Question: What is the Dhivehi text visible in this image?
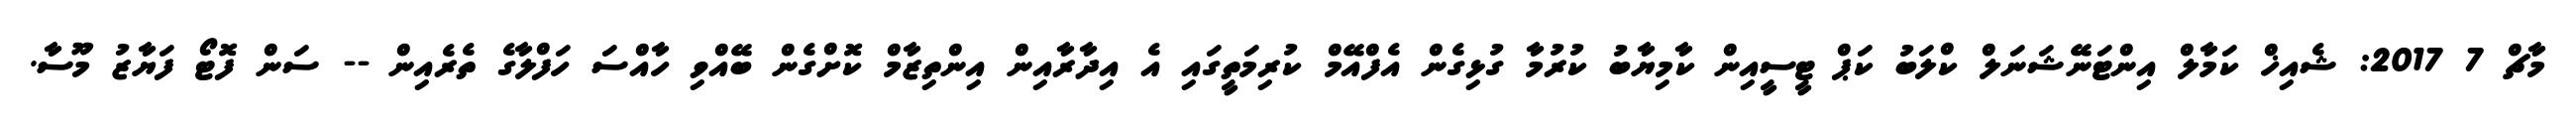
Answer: މާޗް 7 2017: ޝެއިޚް ކަމާލް އިންޓަނޭޝަނަލް ކްލަބު ކަޕް ޓީސީއިން ކާމިޔާބު ކުރުމާ ގުޅިގެން އެފްއޭމް ކުރިމަތީގައި އެ އިދާރާއިން އިންތިޒާމް ކޮށްގެން ބޭއްވި ހާއްސަ ހަފްލާގެ ތެރެއިން -- ސަން ފޮޓޯ ފަޔާޒު މޫސާ.